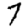
Digit: 7